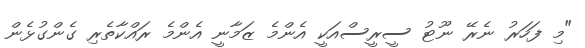
"މި ފަހަރު ނެރޭ ނޫޓު ސީރީސްއަކީ އެންމެ ޒަމާނީ އެންމެ ރައްކާތެރި ގެންގުޅެން